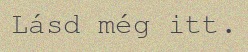
Lásd még itt.